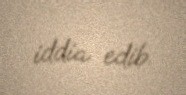
iddia edib.